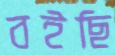
বইছি